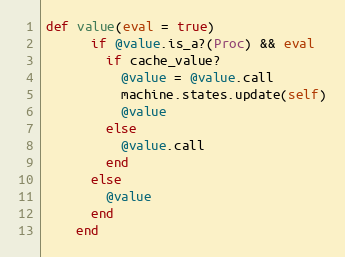
Language: Ruby
def value(eval = true)
      if @value.is_a?(Proc) && eval
        if cache_value?
          @value = @value.call
          machine.states.update(self)
          @value
        else
          @value.call
        end
      else
        @value
      end
    end